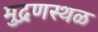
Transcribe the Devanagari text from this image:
मुद्रणस्थळ